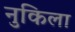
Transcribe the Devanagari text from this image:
नुकिला